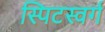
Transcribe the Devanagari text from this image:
स्पिटस्वर्ग